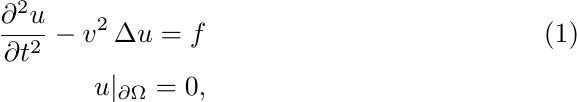
\begin{align}
\label{eq:wave}
    \frac{\partial^2 u}{\partial t^2} - v^2\, \Delta u = f \\
    u|_{\partial \Omega} = 0 \nonumber,
\end{align}